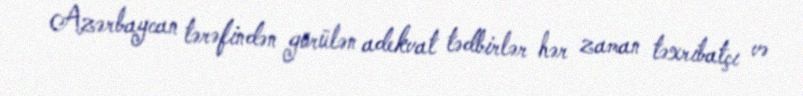
Azərbaycan tərəfindən görülən adekvat tədbirlər hər zaman təxribatçı və